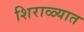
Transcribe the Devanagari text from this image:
शिराळ्यात